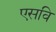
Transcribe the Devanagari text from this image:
एसवि